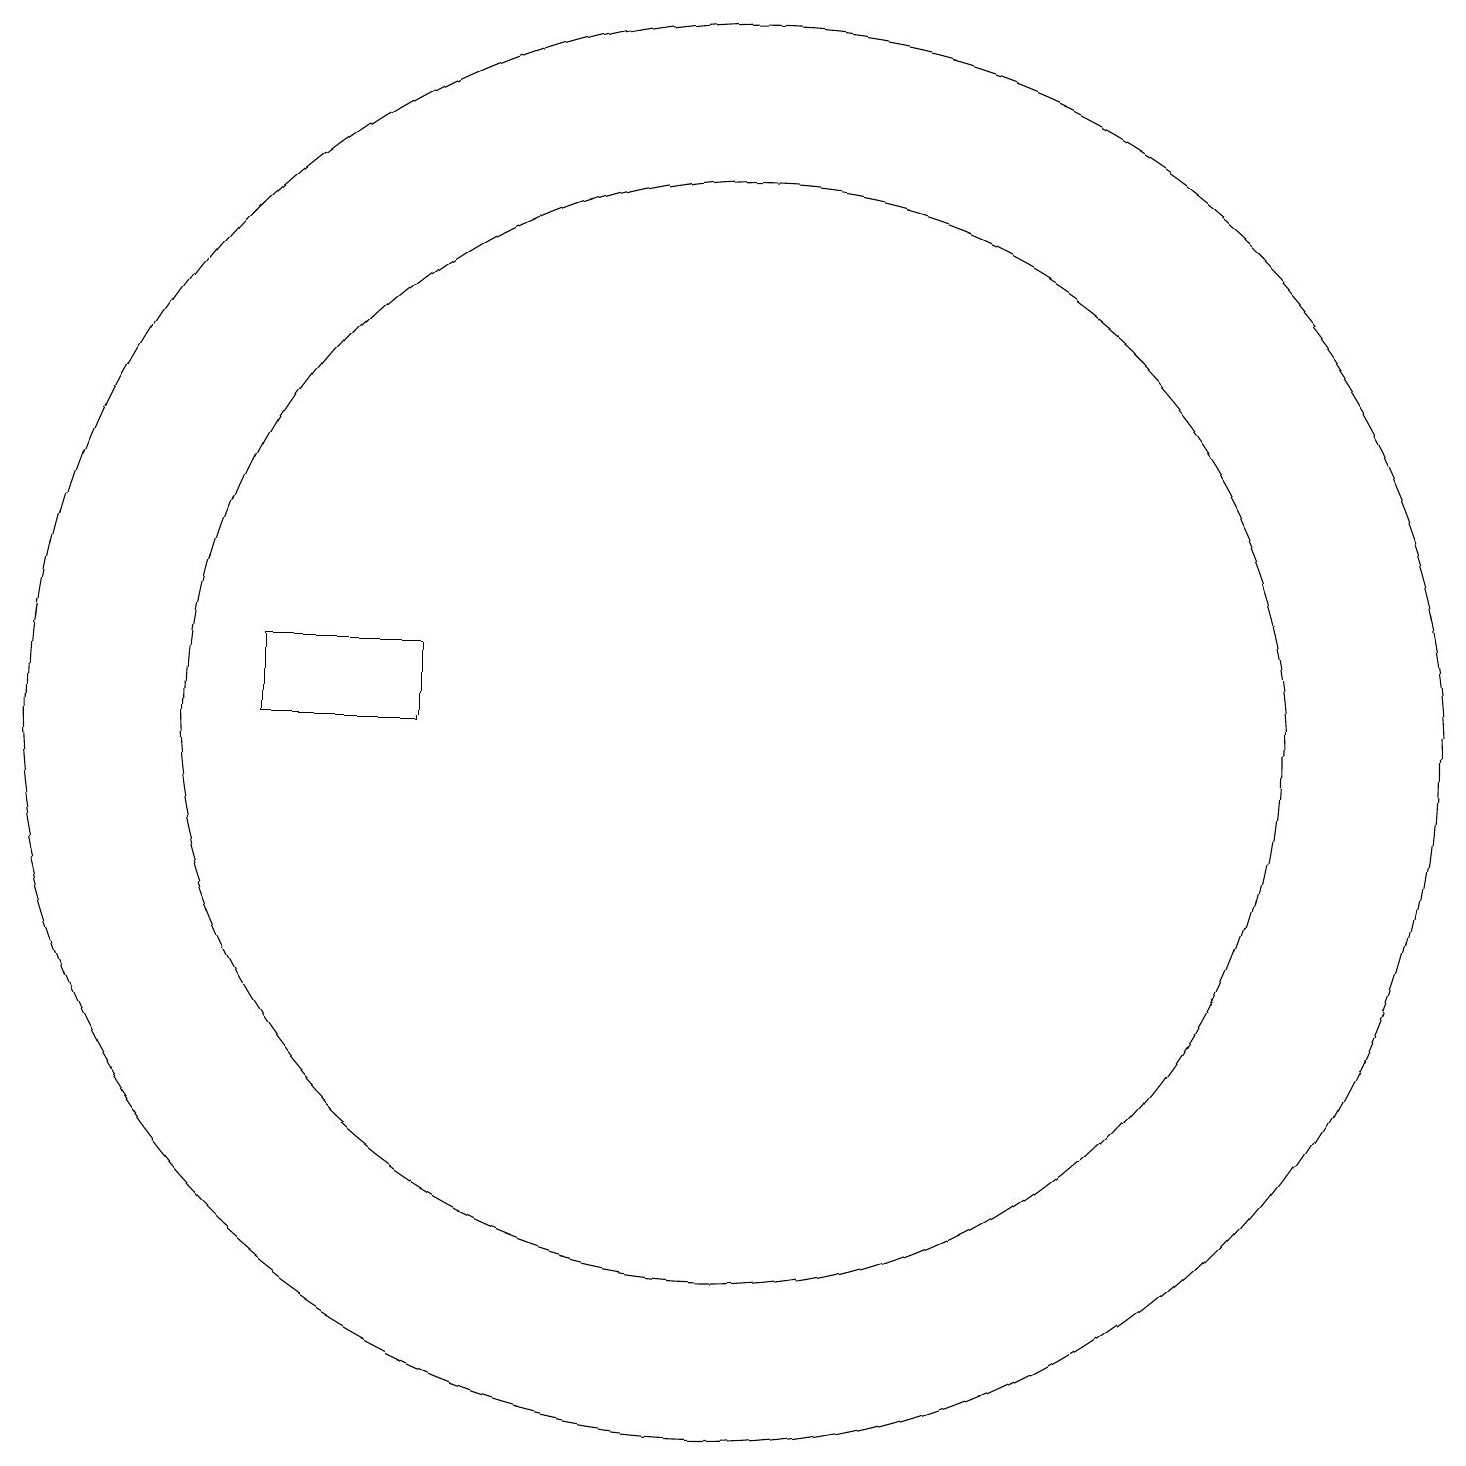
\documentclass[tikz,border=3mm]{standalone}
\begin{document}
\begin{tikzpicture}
\draw (10,10) circle (9);
\draw (10,10) circle (7);
\draw (12,11) circle (0);
\draw (4,10) rectangle (6,11);
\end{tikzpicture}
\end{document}